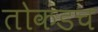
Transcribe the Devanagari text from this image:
तोकडच